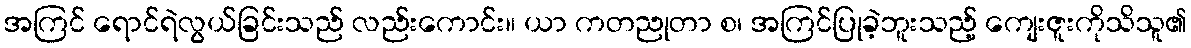
အကြင် ရောင်ရဲလွယ်ခြင်းသည် လည်းကောင်း။ ယာ ကတညုတာ စ၊ အကြင်ပြုခဲ့ဘူးသည့် ကျေးဇူးကိုသိသူ၏